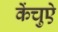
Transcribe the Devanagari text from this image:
केंचुऐ